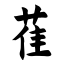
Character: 萑